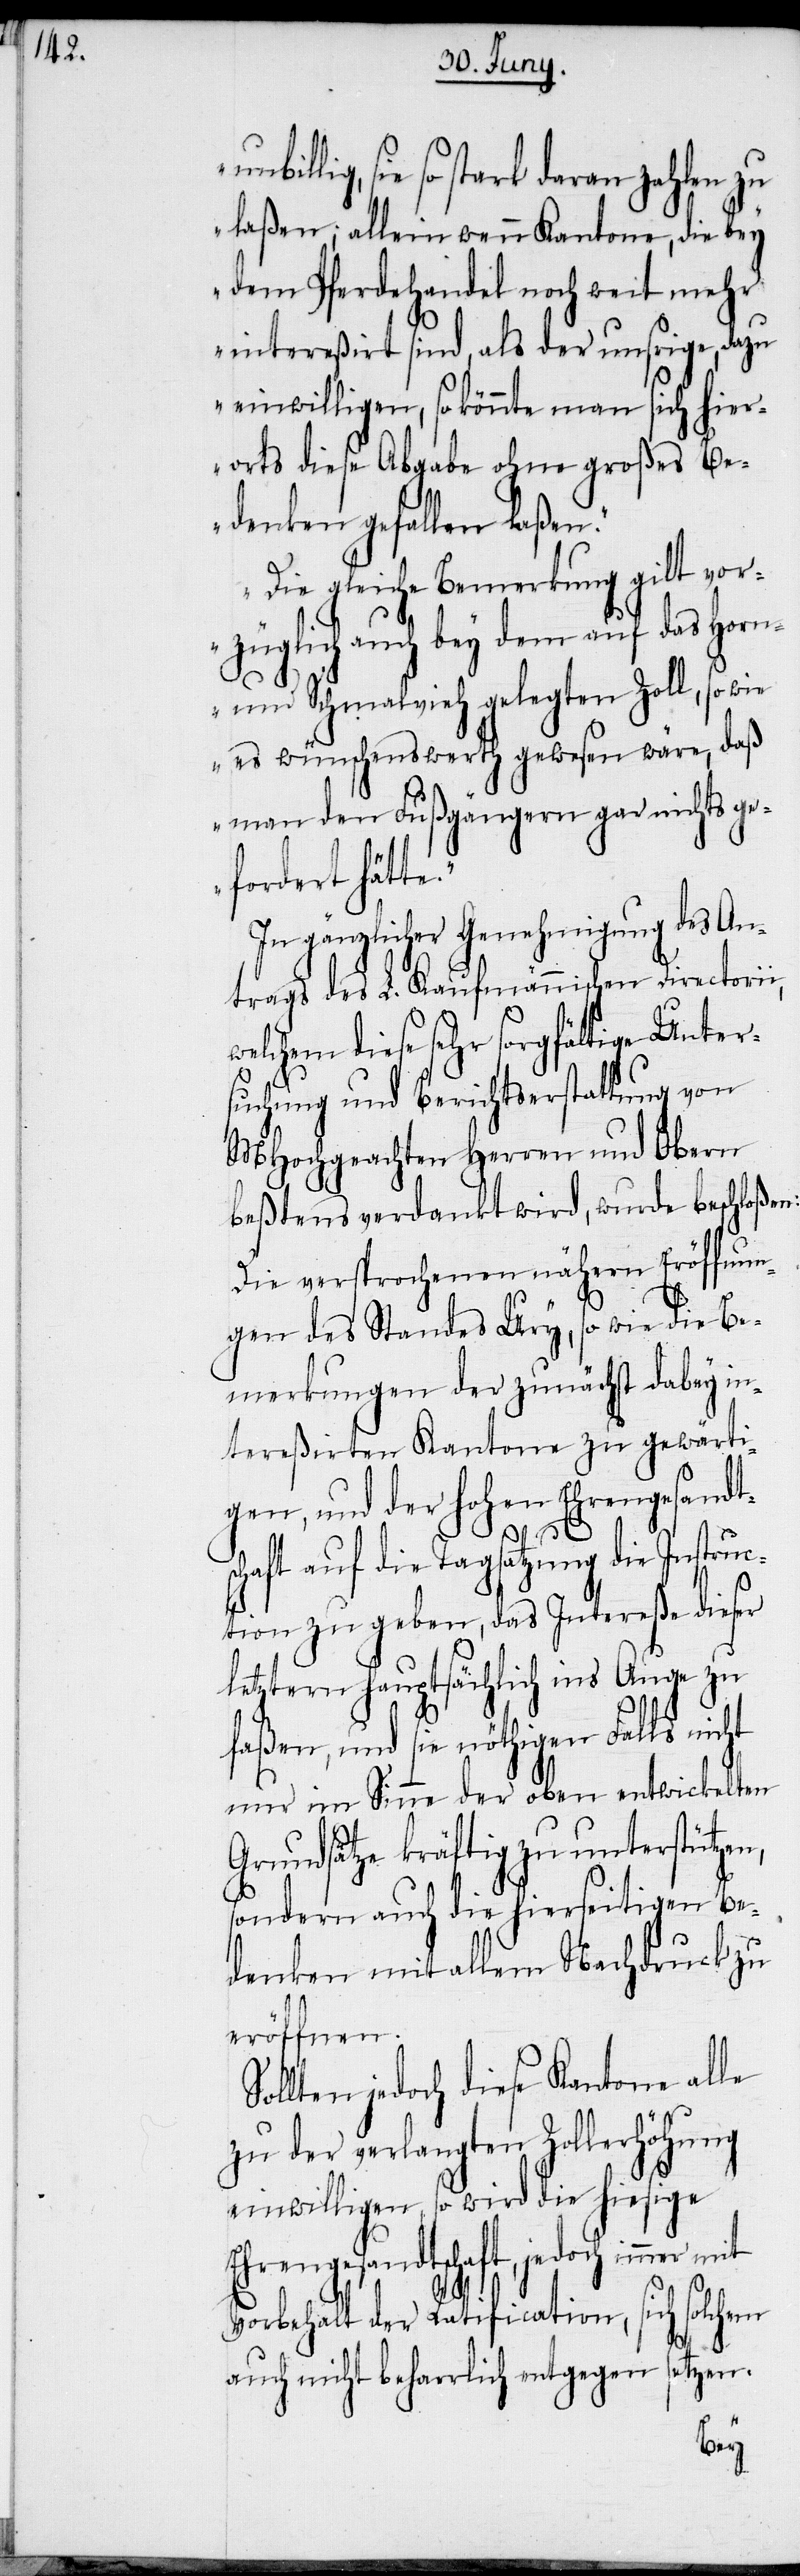
sie so stark daran zahlen zu
laßen; allein wenn Kantone, die bey
dem Pferdehandel noch weit mehr
intereßirt sind, als der unsrige, dazu
einwilligen, so könnte man sich hier¬
orts diese Abgabe ohne großes Be¬
denken gefallen laßen.“
„Die gleiche Bemerkung gilt vor¬
züglich auch bey dem auf das Horn-
und Schmalvieh gelegten Zoll, so
es wünschenswerth gewesen wäre, daß
man den Fußgängern gar nichts ge¬
fordert hätte.“
In gänzlicher Genehmigung des An¬
trags des L. Kaufmännischen Directorii,
welchem diese sehr sorgfältige Unter¬
suchung und Berichtserstattung von
MHochgeachten Herren und Obern
beßtens verdankt wird, wurde beschloßen:
Die versprochenen nähern Eröffnun¬
gen des Standes Ury, so wie die Be¬
merkungen der zunächst dabey in¬
tereßirten Kantone zu gewärti¬
gen, und der hohen Ehrengesandt¬
So¬
haft auf die Tagsatzung die Instru¬
ction zu geben, das Intereße dieser
letztern hauptsächlich ins Auge zu
nicht
faßen, und sie nöthigen Fa¬
nur im Sinne der oben entwickelten
Grundsätze kräftig zu unterstützen,
sondern auch die hierseitigen Be¬
denken mit allem Nachdruck zu
eröffnen.
llten jedoch diese Kantone alle
zu der verlangten Zollerhöhung
einwilligen, so wird die hiesige
Ehrengesandtschaft, jedoch immer
Vorbehalt der Ratification, sich solchem
auch nicht beharrlich entgegen setzen.